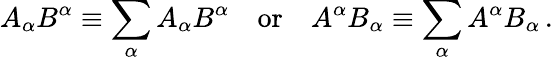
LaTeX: A_{\alpha}B^{\alpha}\equiv\sum_{\alpha}A_{\alpha}B^{\alpha}\quad{\mathrm{or}}\quad A^{\alpha}B_{\alpha}\equiv\sum_{\alpha}A^{\alpha}B_{\alpha}\, .